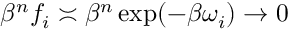
\beta ^ { n } f _ { i } \asymp \beta ^ { n } \exp ( - \beta \omega _ { i } ) \to 0